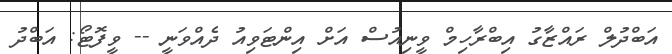
އަބްދުލް ރައްޒާގު އިބްރާހިމް ވީނިއުސް އަށް އިންޓަވިއު ދެއްވަނީ -- ވީފޮޓޯ: އަބްދު